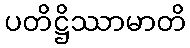
ပတိဋ္ဌိဿာမာတိ